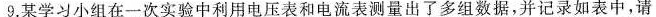
9.某学习小组在一次实验中利用电压表和电流表测量出了多组数据，并记录如表中，请